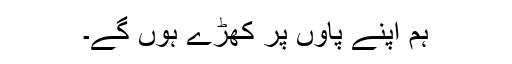
ہم اپنے پاوں پر کھڑے ہوں گے۔